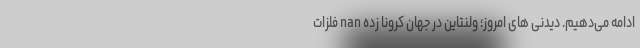
ادامه می‌دهیم. دیدنی های امروز؛ ولنتاین در جهان کرونا زده nan فلزات